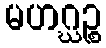
မဟဂ္ဃဉ္စ